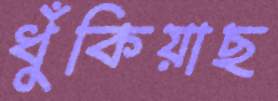
ধুঁকিয়াছ